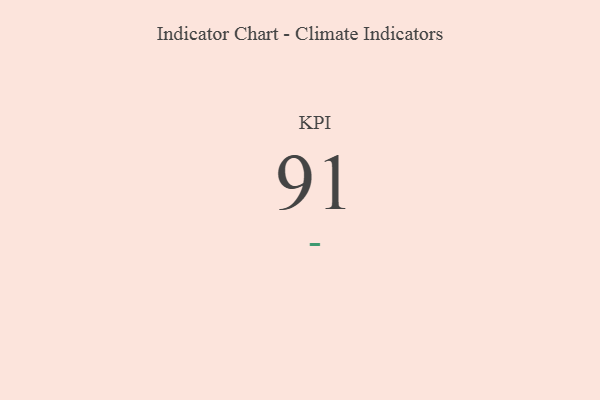
{"axis": {"x": "KPI", "y": "Value"}, "legend": [""], "data": [{"x": "KPI", "y": 91, "type": ""}]}